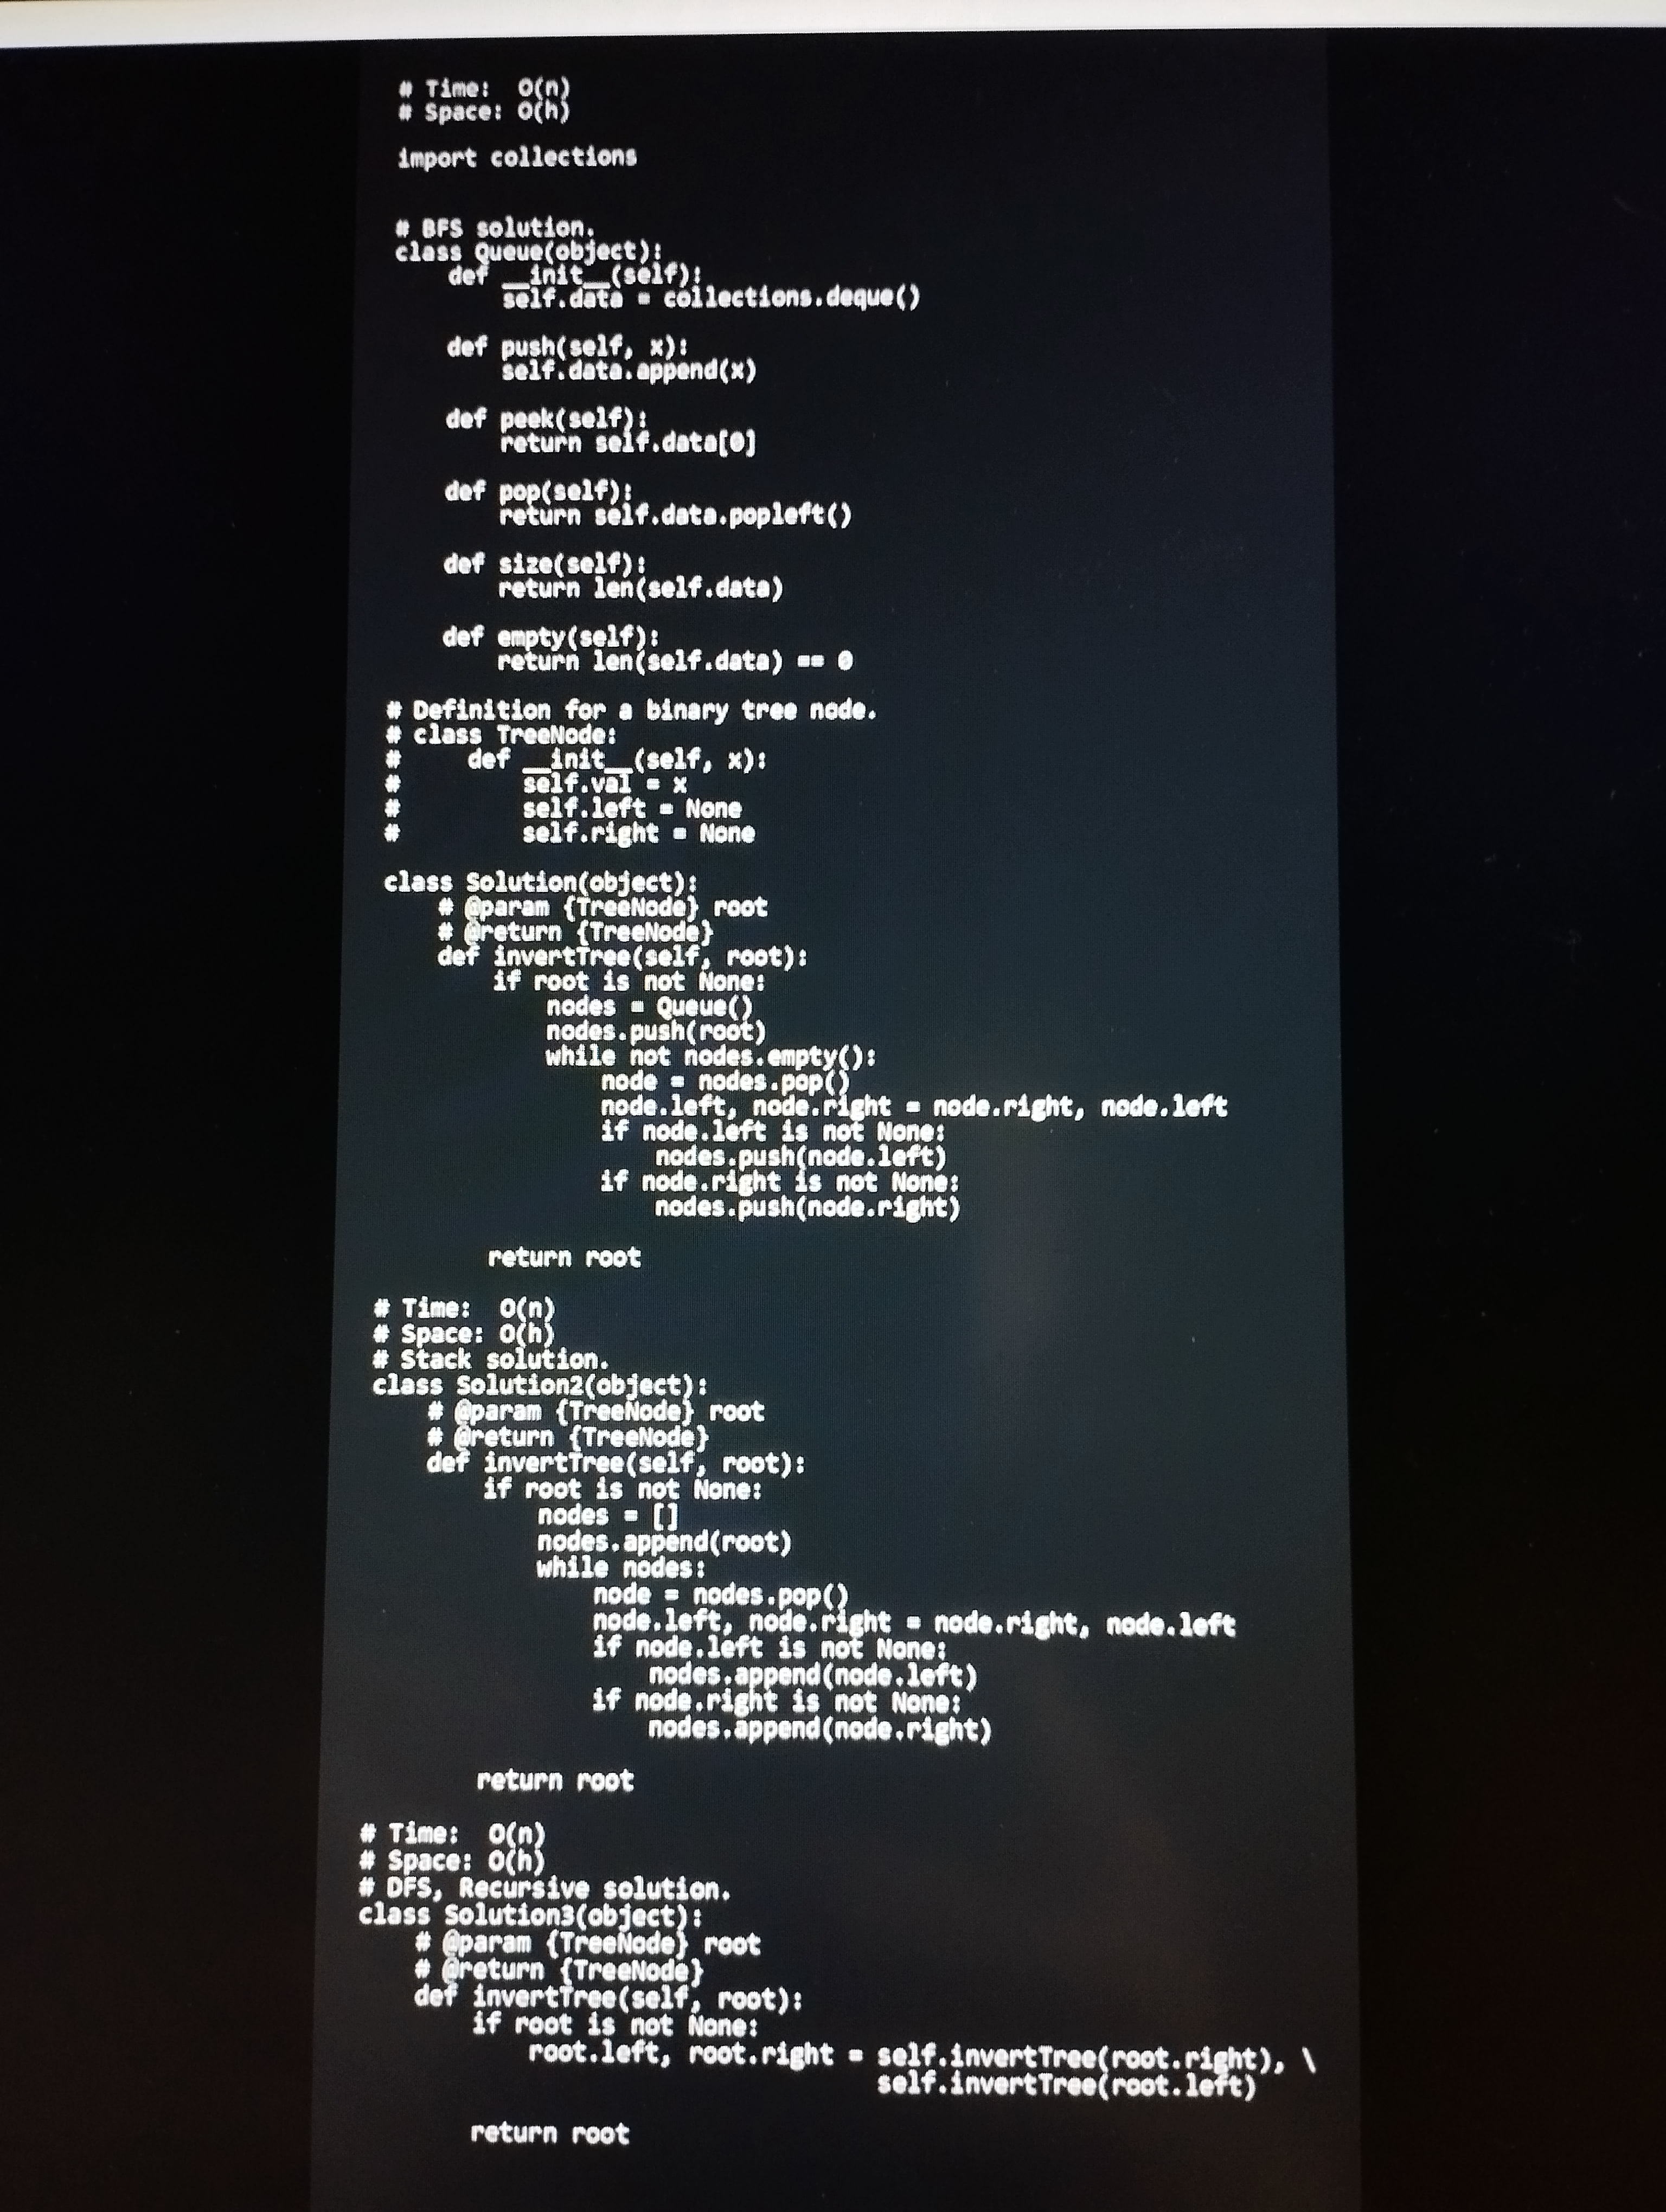
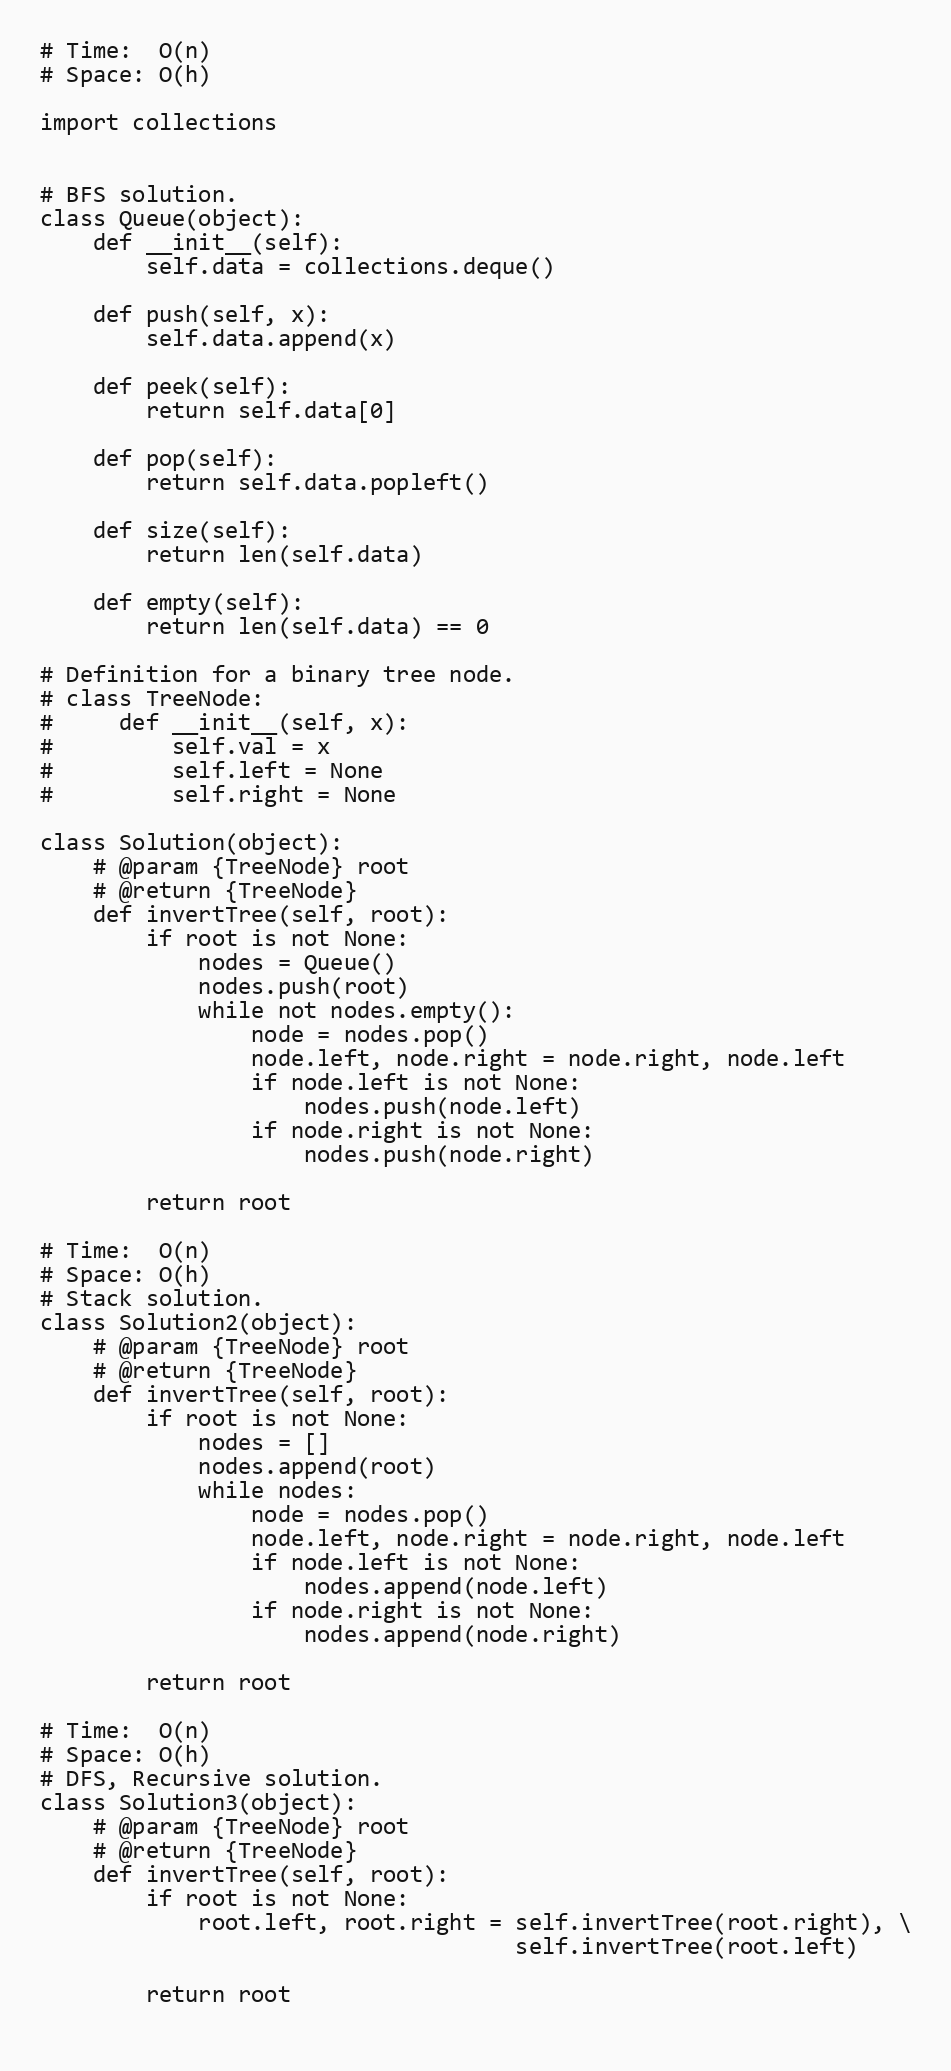
# Time:  O(n)
# Space: O(h)

import collections

# BFS solution.
class Queue(object):
    def __init__(self):
        self.data = collections.deque()

    def push(self, x):
        self.data.append(x)

    def peek(self):
        return self.data[0]

    def pop(self):
        return self.data.popleft()

    def size(self):
        return len(self.data)

    def empty(self):
        return len(self.data) == 0

# Definition for a binary tree node.
# class TreeNode:
#     def __init__(self, x):
#         self.val = x
#         self.left = None
#         self.right = None

class Solution(object):
    # @param {TreeNode} root
    # @return {TreeNode}
    def invertTree(self, root):
        if root is not None:
            nodes = Queue()
            nodes.push(root)
            while not nodes.empty():
                node = nodes.pop()
                node.left, node.right = node.right, node.left
                if node.left is not None:
                    nodes.push(node.left)
                if node.right is not None:
                    nodes.push(node.right)

        return root

# Time:  O(n)
# Space: O(h)
# Stack solution.
class Solution2(object):
    # @param {TreeNode} root
    # @return {TreeNode}
    def invertTree(self, root):
        if root is not None:
            nodes = []
            nodes.append(root)
            while nodes:
                node = nodes.pop()
                node.left, node.right = node.right, node.left
                if node.left is not None:
                    nodes.append(node.left)
                if node.right is not None:
                    nodes.append(node.right)

        return root

# Time:  O(n)
# Space: O(h)
# DFS, Recursive solution.
class Solution3(object):
    # @param {TreeNode} root
    # @return {TreeNode}
    def invertTree(self, root):
        if root is not None:
            root.left, root.right = self.invertTree(root.right), \
                                    self.invertTree(root.left)

        return root